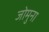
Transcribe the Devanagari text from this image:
जोमुना